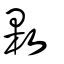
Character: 㪙